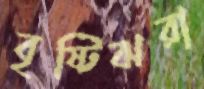
বৃষ্টিঝরা